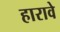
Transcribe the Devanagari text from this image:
हारावे